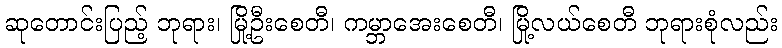
ဆုတောင်းပြည့် ဘုရား၊ မြို့ဦးစေတီ၊ ကမ္ဘာအေးစေတီ၊ မြို့လယ်စေတီ ဘုရားစုံလည်း